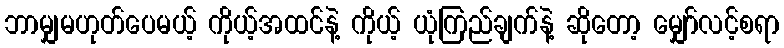
ဘာမျှမဟုတ်ပေမယ့် ကိုယ့်အထင်နဲ့ ကိုယ့် ယုံကြည်ချက်နဲ့ ဆိုတော့ မျှော်လင့်စရာ